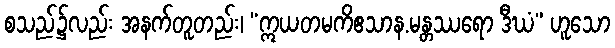
စသည်၌လည်း အနက်တူတည်း၊ “ဣယတမကိဧသာန.မန္တဿရော ဒီဃံ” ဟူသော